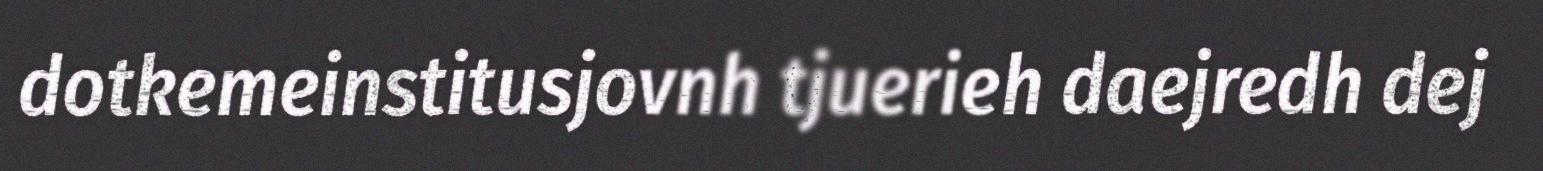
dotkemeinstitusjovnh tjuerieh daejredh dej